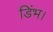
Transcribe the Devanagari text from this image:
डिंभ।